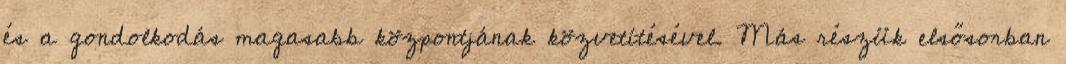
és a gondolkodás magasabb központjának közvetítésével. Más részük elsősorban